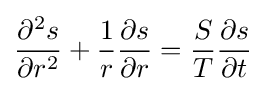
{\partial ^{2}s \over \partial r^{2}}+{1 \over r}{\partial s \over \partial r}={S \over T}{\partial s \over \partial t}